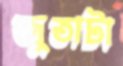
জুতাটা